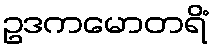
ဥဒကမောတရိံ